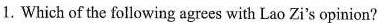
1. Which of the following agrees with Lao Zi's opinion?